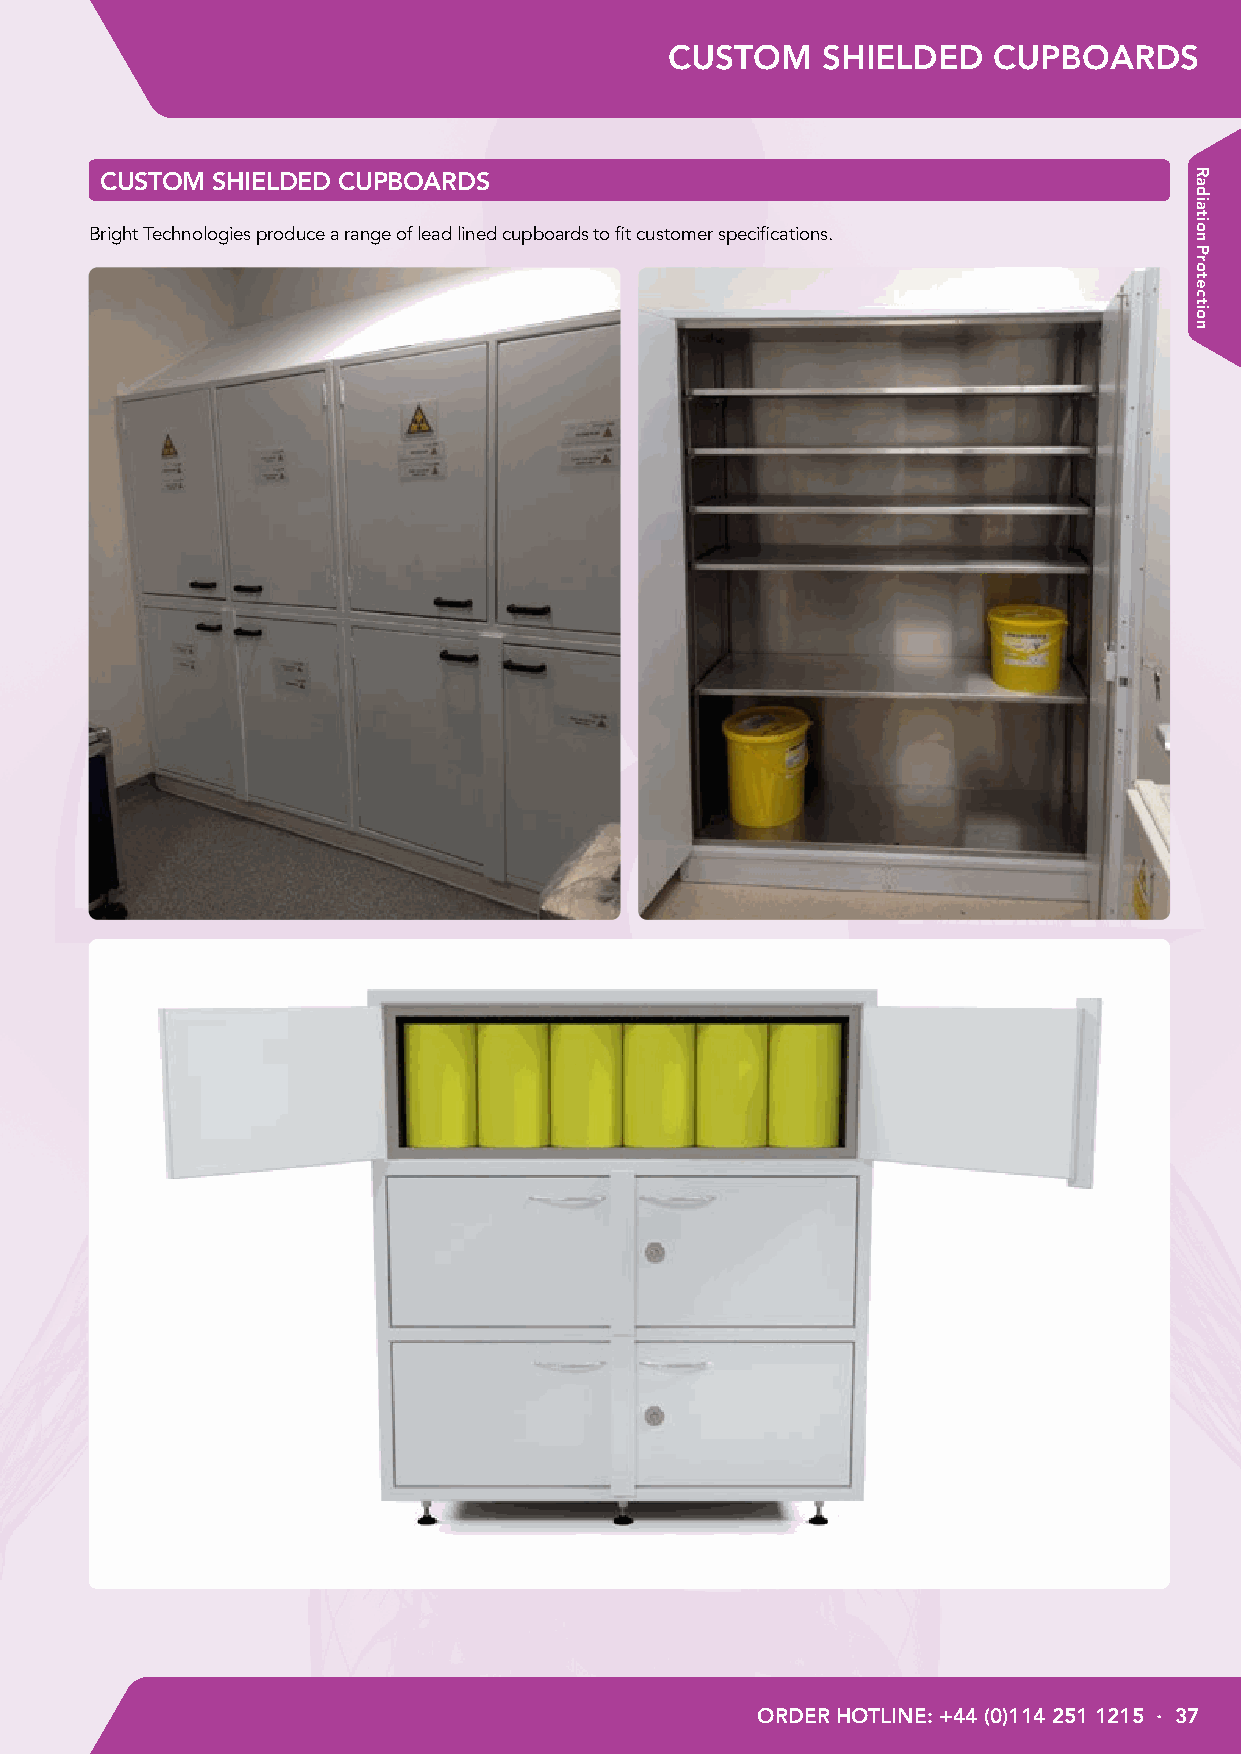
CUSTOM    SHIELDED    CUPBOARDS
 CUSTOM SHIELDED CUPBOARDS
 Bright Technologies produce a range of lead lined cupboards to fit customer specifications.
 ORDER HOTLINE: +44 (0)114 251 1215 · 37
 Radiation
 Protection